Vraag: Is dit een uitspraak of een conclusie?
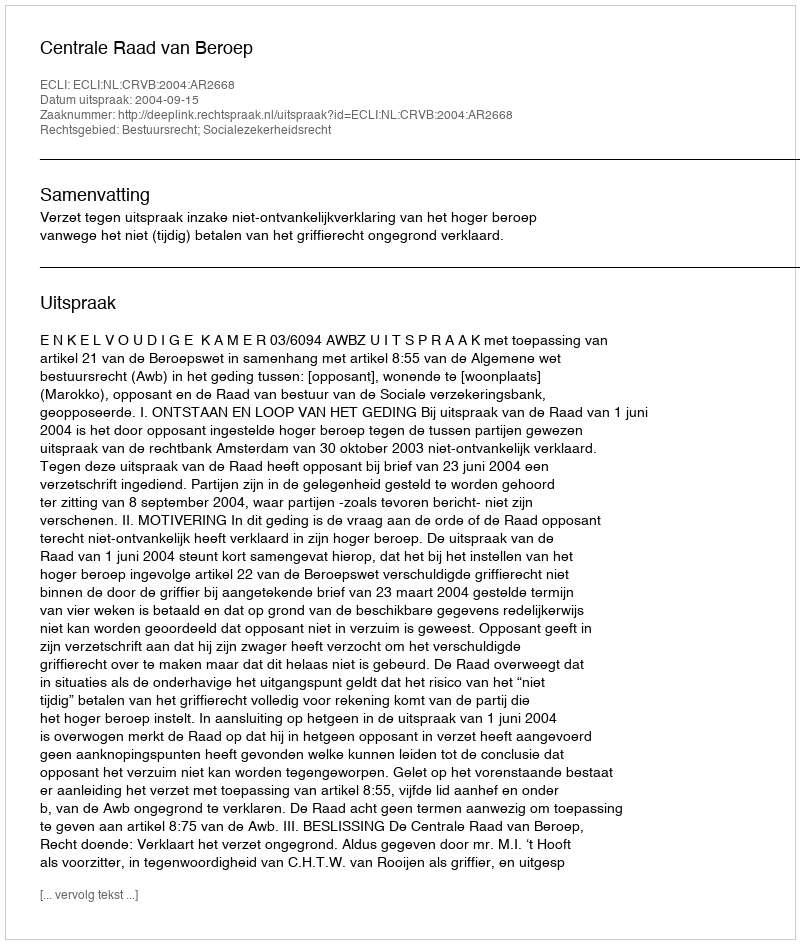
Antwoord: Uitspraak